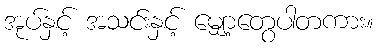
အုပ်နှင့် အသင်းနှင့် မျှော့တွေပါတကား။